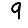
Digit: 9